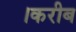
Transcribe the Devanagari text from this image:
।करीब